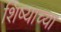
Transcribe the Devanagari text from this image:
शिष्याच्या